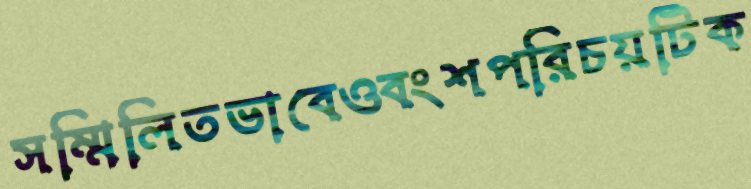
সম্মিলিতভাবেওবংশপরিচয়টিক